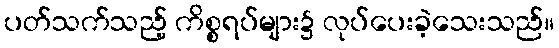
ပတ်သက်သည့် ကိစ္စရပ်များ၌ လုပ်ပေးခဲ့သေးသည်။